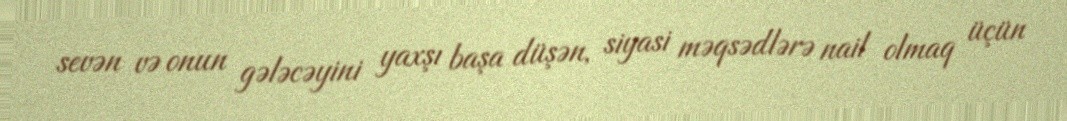
sevən və onun gələcəyini yaxşı başa düşən, siyasi məqsədlərə nail olmaq üçün